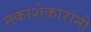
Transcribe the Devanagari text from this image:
नकाशेकारांनी